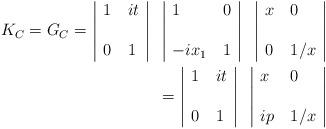
LaTeX: \begin{align*}\begin{tabular}{c|ll|c|ll|c|ll|c} & $1$ & $it$&&$1$&$0$&&$x$&$0$&\\$K_C=G_C=$&&&&&&&&&\\ & $0$ &$1$&&$-ix_1$&$1$&&$0$&$1/x$&\\\end{tabular}\\\begin{tabular}{c|ll|c|ll|c} & $1$ & $it$&&$x$&$0$&\\$=$&&&&&&\\ & $0$ &$1$&&$ip$&$1/x$&\\\end{tabular}\\\end{align*}